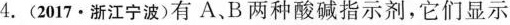
4.(2017·浙江宁波)有A、B两种酸碱指示剂，它们显示